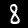
Label: 8